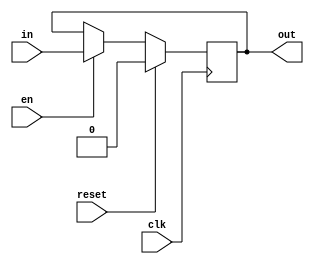
`timescale 1ns / 1ns
module preg1(
	input 		clk,
	input 		en,
	input 		reset,
	input 		in,
	output reg  out = 0
);
    always @(posedge clk) begin
	    if(reset) begin 
			out = 0;
		end
		else if(en) begin 
			out = in;
		end
	end
endmodule

module preg5(
	input 		clk,
	input 		en,
	input 		reset,
	input [4:0] in,
	output reg [4:0] out = 0
);
    always @(posedge clk) begin
	    if(reset) begin 
			out = 0;
		end
		else if(en) begin 
			out = in;
		end
	end
endmodule

module preg32(
	input 		clk,
	input 		en,
	input 		reset,
	input [31:0] in,
	output reg [31:0] out = 0
);
    always @(posedge clk) begin
	    if(reset) begin 
			out = 0;
		end
		else if(en) begin 
			out = in;
		end
	end
endmodule